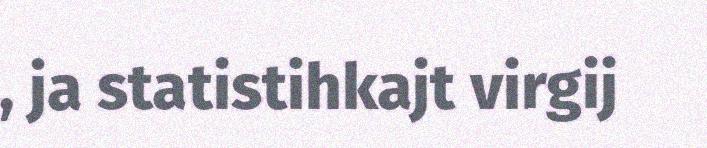
, ja statistihkajt virgij